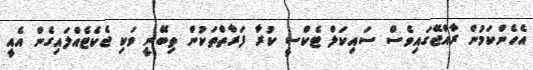
އެހެންކަމުން ރާއްޖޭގައިވެސް ސައިކަލް ޓެކްސީ ކުރާ ފަރާތްތަކުން ތިބޭނީ ވަކި ޖެކެޓެއްލައިގެން އެއީ